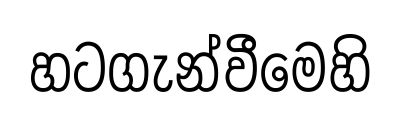
හටගැන්වීමෙහි